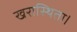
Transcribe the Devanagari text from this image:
खरास्थिता।